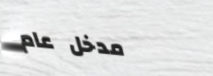
مدخل عام